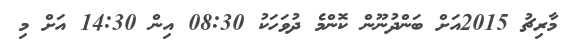
މާރިޗު 2015އަށް ބަންދުނޫން ކޮންމެ ދުވަހަކު 08:30 އިން 14:30 އަށް މި